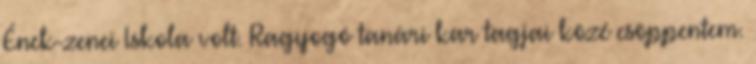
Ének-zenei Iskola volt. Ragyogó tanári kar tagjai közé csöppentem.